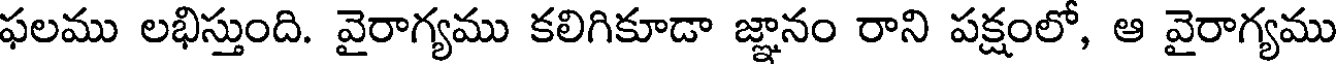
ఫలము లభిస్తుంది. వైరాగ్యము కలిగికూడా జ్ఞానం రాని పక్షంలో, ఆ వైరాగ్యము